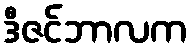
ဒီဇင်ဘာလက